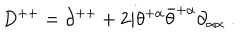
D ^ { + + } = \partial ^ { + + } + 2 i \theta ^ { + \alpha } \bar { \theta } ^ { + \dot { \alpha } } \partial _ { \alpha \dot { \alpha } } \; .